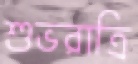
শুভরাত্রি